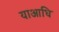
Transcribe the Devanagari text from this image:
याआधि